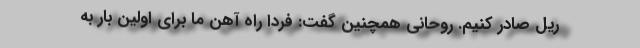
ریل صادر کنیم. روحانی همچنین گفت: فردا راه آهن ما برای اولین بار به